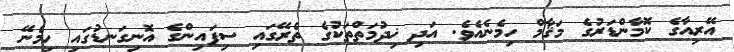
އޭރިއާގެ ކޮމާންޑަރުގެ މަޤާމް ހިމެނެއެވެ. އަދި ޚިދުމަތްތަކުގެ ތެރޭގައި ސިފައިންގެ އޮނިގަނޑުގައި ހިމެނޭ